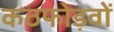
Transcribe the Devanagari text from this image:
कठफोड़वों